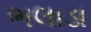
ભલાડા